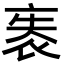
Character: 袠